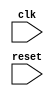
module LoopWithMultipleIterators (
    input wire clk,
    input wire reset
);

reg [7:0] i;
reg [7:0] j;
reg [7:0] k;

always @ (posedge clk or posedge reset) begin
    if (reset) begin
        i <= 0;
        j <= 0;
        k <= 0;
    end else begin
        for (i = 0; i < 10; i = i + 1) begin
            for (j = 0; j < 5; j = j + 1) begin
                for (k = 0; k < 3; k = k + 1) begin
                    // Loop body code here
                    // Can access values of i, j, k for computations
                end
            end
        end
    end
end

endmodule